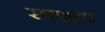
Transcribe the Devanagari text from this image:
रक्शक